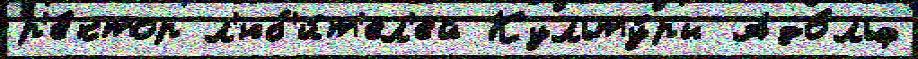
р'е́ктор л'юб'и́т'ел'ей Культу́ры Адо́льф